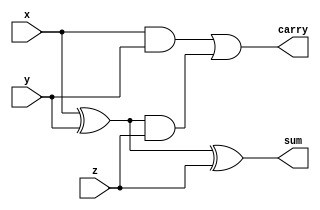
`timescale 1ns / 1ps
//////////////////////////////////////////////////////////////////////////////////
// Company: 
// Engineer: 
// 
// Create Date:  
// Design Name: 
// Module Name: 
// Project Name: 
// Target Devices: 
// Tool Versions: 
// Description: 
// 
// Dependencies: 
// 
// Revision: Version 0.01
// Additional Comments:
// 
////////////////////////////  tcbn45-low : med : high  ///////////////////////////
//
//
//	Time (ps)	=  : - : - 
//	Power (nW)	=    -  :  -  :  -   	Leackage - Dynamic
//	Area (nm^2)	=   : - : -
//
//
/////////////////////////////  slow-low : med : high  ////////////////////////////
//
//
//	Time (ps)	=  : - : - 
//	Power (nW)	=    -  :  -  :  -   	Leackage - Dynamic
//	Area (nm^2)	=   : - : -
//
//
/////////////////////////////  fast-low : med : high  ////////////////////////////
//
//
//	Time (ps)	=  : - : - 
//	Power (nW)	=    -  :  -  :  -   	Leackage - Dynamic
//	Area (nm^2)	=   : - : -
//
//
//////////////////////////////////////////////////////////////////////////////////


module fa(x,y,z,sum, carry);

output sum,carry;
input x,y,z;

wire w;	
	assign 	 w = x ^ y;
        assign	 sum = w ^ z;
	assign 	 carry = (x & y)|(w & z);
endmodule